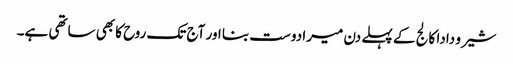
شیرو دادا کالج کے پہلے دن میرا دوست بنا اور آج تک روح کا بھی ساتھی ہے۔